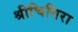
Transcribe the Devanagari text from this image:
श्रीचित्तिरा